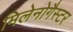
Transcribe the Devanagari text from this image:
मिलेनोगैस्टर